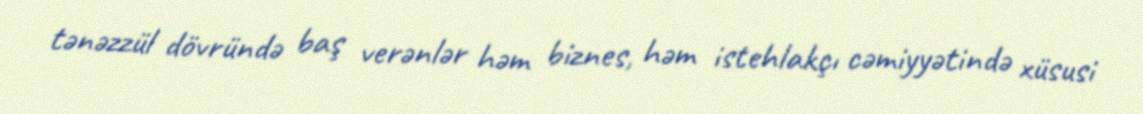
tənəzzül dövründə baş verənlər həm biznes, həm istehlakçı cəmiyyətində xüsusi